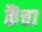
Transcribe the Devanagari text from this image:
कैंचा